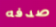
صدفه